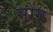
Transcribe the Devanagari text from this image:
सोंगं